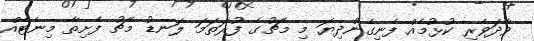
ވާދަވެރި ކުޅުމެއް ފެނިގެންދިޔަ މި މެޗުގެ ފުރަތަމަ ލަނޑު މެޗު ފެށިތާ މިނެޓެއް